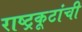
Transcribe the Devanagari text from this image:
राष्ट्रकूटांची